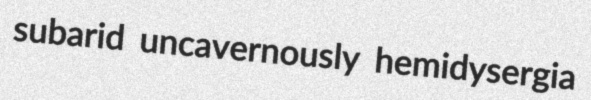
subarid uncavernously hemidysergia